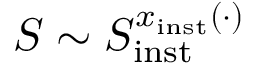
S \sim S _ { \mathrm { i n s t } } ^ { x _ { \mathrm { i n s t } } ( \cdot ) }